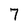
Character: 7